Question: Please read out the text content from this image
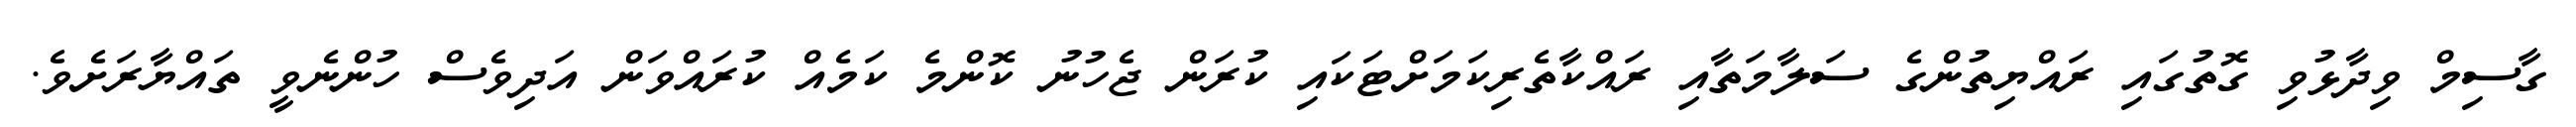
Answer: ގާސިމް ވިދާޅުވި ގޮތުގައި ރައްޔިތުންގެ ސަލާމަތާއި ރައްކާތެރިކަމަށްޓަކައި ކުރަން ޖެހުނު ކޮންމެ ކަމެއް ކުރައްވަން އަދިވެސް ހުންނެވީ ތައްޔާރަށެވެ.